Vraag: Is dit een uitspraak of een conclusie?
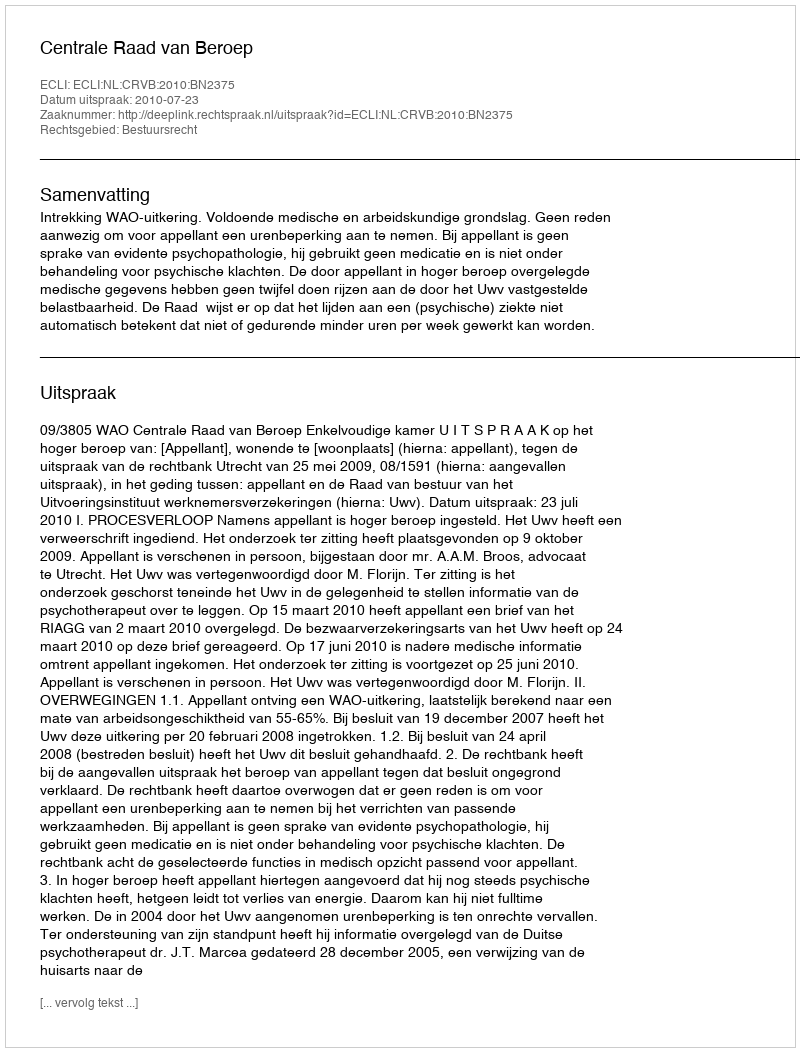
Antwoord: Uitspraak